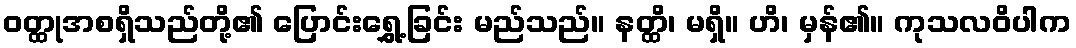
ဝတ္ထုအစရှိသည်တို့၏ ပြောင်းရွှေ့ခြင်း မည်သည်။ နတ္ထိ၊ မရှိ။ ဟိ၊ မှန်၏။ ကုသလဝိပါက